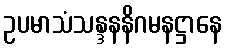
ဥပမာသံသန္ဒနနိဂမနဋ္ဌာနေ